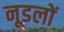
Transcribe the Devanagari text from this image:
नूडलों